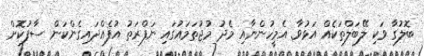
ބޮލުގާ ވަކި ލޭބަލްތަކެއް އަޅުވާ